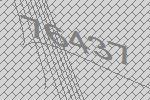
76437